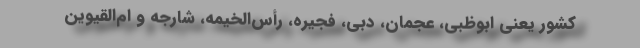
کشور یعنی ابوظبی، عجمان، دبی، فجیره، رأس‌الخیمه، شارجه و ام‌القیوین